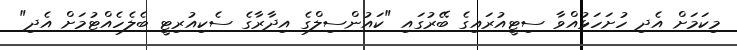
މިކަމަށް އެދި ހުށަހަޅުއްވާ ސިޓީއުރައިގެ ބޭރުގައި "ކައުންސިލްގެ އިދާރާގެ ސެކިއުރިޓީ ބެލެހެއްޓުމަށް އެދި"